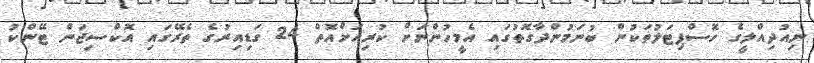
ނިއުދިއްލީގެ ހޮސްޕިޓަލުތަކުން ބުނަމުންދާގޮތުގައި އެމީހުންނަށް ކުރިއަށްއޮތް 24 ގަޑިއިރުގެ ތެރޭގައި އޮކްސިޖަން ޓޭންކު